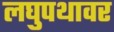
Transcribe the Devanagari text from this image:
लघुपथावर